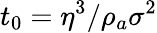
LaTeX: t_{0}=\eta^{3}/\rho_{a}\sigma^{2}